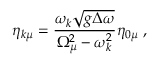
\eta _ { k \mu } = \frac { \omega _ { k } \sqrt { g \Delta \omega } } { \Omega _ { \mu } ^ { 2 } - \omega _ { k } ^ { 2 } } \eta _ { 0 \mu } \; ,